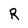
Character: R